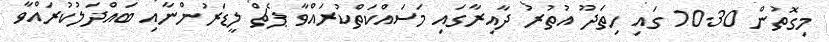
މިގޮތުން 10.30 ގައި ހިތަދޫ އުތުރު ދާއިރާގައި މަސައްކަތްކުރައްވާ ޕެޗް ލީޑަރުންނާއި ބައްދަލުކުރައްވާ